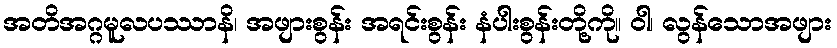
အတိအဂ္ဂမူလပဿာနိ၊ အဖျားစွန်း အရင်းစွန်း နံပါးစွန်းတို့ကို။ ဝါ၊ လွန်သောအဖျား